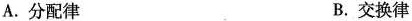
A.分配律 B.交换律